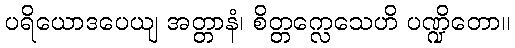
ပရိယောဒပေယျ အတ္တာနံ၊ စိတ္တက္လေသေဟိ ပဏ္ဍိတော။